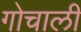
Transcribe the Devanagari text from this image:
गोचाली